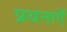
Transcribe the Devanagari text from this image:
प्रथनाएँ